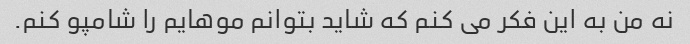
نه من به این فکر می کنم که شاید بتوانم موهایم را شامپو کنم.